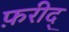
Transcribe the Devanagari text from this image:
फ़रीद्